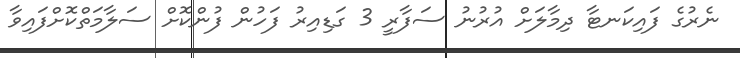
ނެރުގެ ފައިކަނޓާ ދިމާލަށް އުރުނު ސަފާރީ 3 ގަޑިއިރު ފަހުން ފުންކޮށް ސަލާމަތްކޮށްފައިވާ